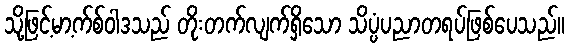
သို့ဖြင့်မာ့က်စ်ဝါဒသည် တိုးတက်လျက်ရှိသော သိပ္ပံပညာတရပ်ဖြစ်ပေသည်။